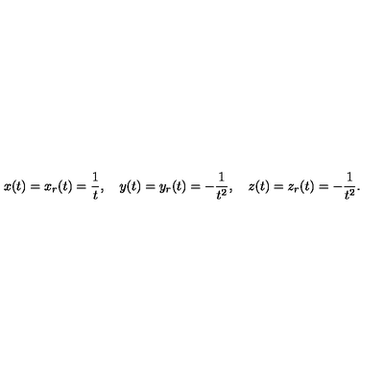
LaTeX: x ( t ) = x _ { r } ( t ) = { \frac { 1 } { t } } , \quad y ( t ) = y _ { r } ( t ) = - { \frac { 1 } { t ^ { 2 } } } , \quad z ( t ) = z _ { r } ( t ) = - { \frac { 1 } { t ^ { 2 } } } .